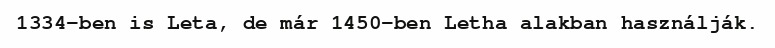
1334-ben is Leta, de már 1450-ben Letha alakban használják.